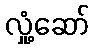
လှုံ့ဆော်